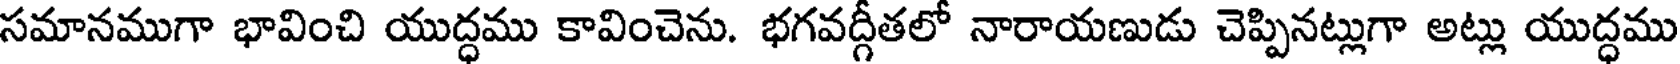
సమానముగా భావించి యుద్ధము కావించెను. భగవద్గీతలో నారాయణుడు చెప్పినట్లుగా అట్లు యుద్ధము